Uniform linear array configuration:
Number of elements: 12
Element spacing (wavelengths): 0.75
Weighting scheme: exponential
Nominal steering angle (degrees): -30
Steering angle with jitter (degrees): -31.289
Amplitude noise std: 0.05
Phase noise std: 0.05

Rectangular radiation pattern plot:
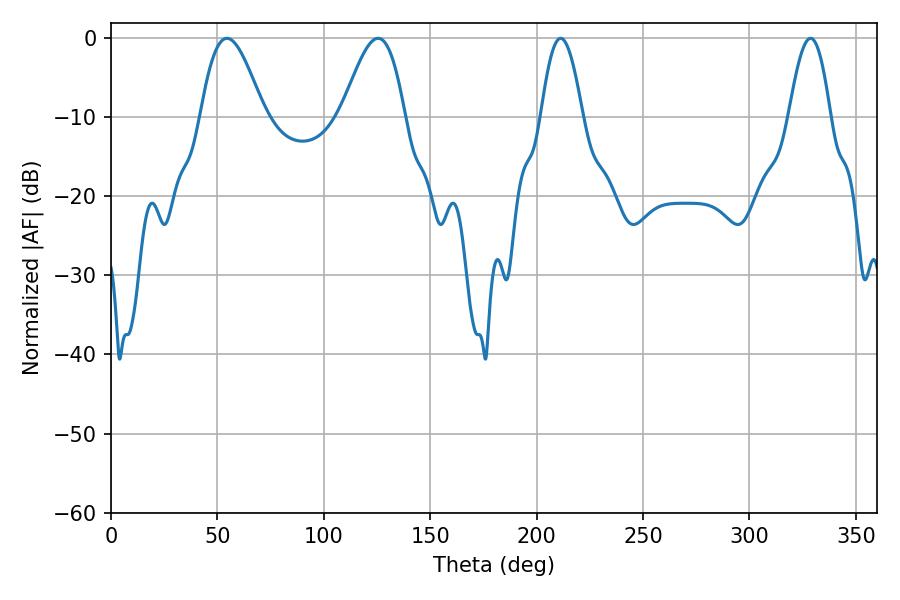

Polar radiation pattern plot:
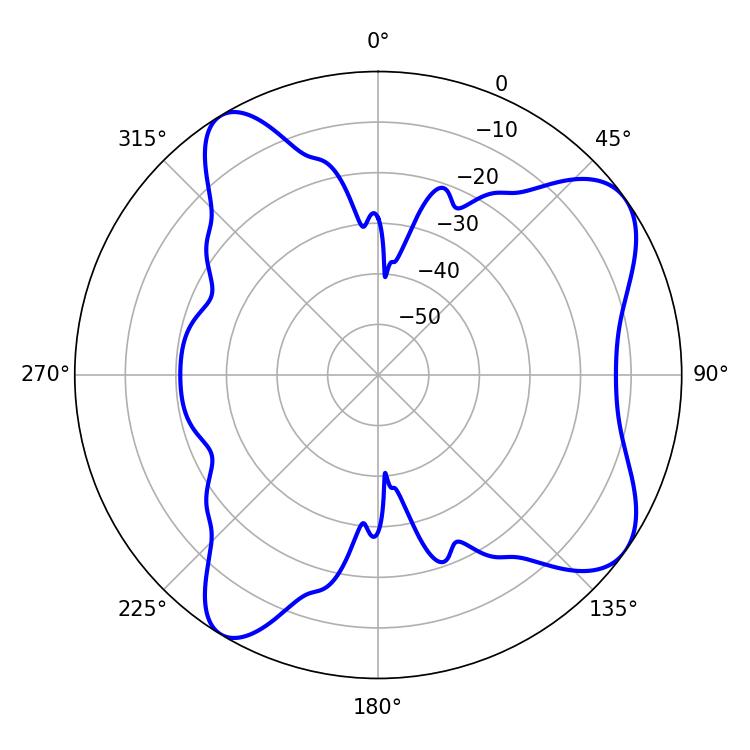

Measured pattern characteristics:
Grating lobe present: TRUE
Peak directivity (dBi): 8.034
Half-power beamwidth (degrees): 10.62
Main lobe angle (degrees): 211.32